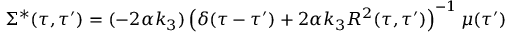
\Sigma ^ { * } ( \tau , \tau ^ { \prime } ) = ( - 2 \alpha k _ { 3 } ) \left( \delta ( \tau - \tau ^ { \prime } ) + 2 \alpha k _ { 3 } R ^ { 2 } ( \tau , \tau ^ { \prime } ) \right) ^ { - 1 } \mu ( \tau ^ { \prime } )